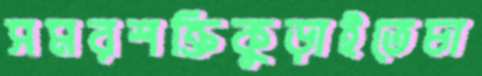
সমরশক্তিকুড়াইতেচা